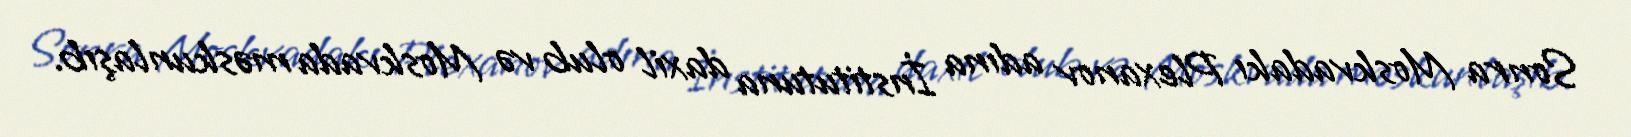
Sonra Moskvadakı Plexanov adına İnstitutuna daxil olub və Moskvada məskunlaşıb.